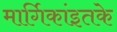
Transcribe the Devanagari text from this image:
मार्गिकांइतके